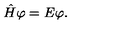
\hat { H } \varphi = E \varphi .